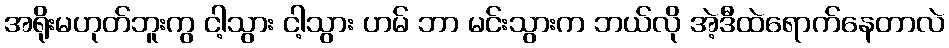
အရိုးမဟုတ်ဘူးကွ ငါ့သွား ငါ့သွား ဟမ် ဘာ မင်းသွားက ဘယ်လို အဲ့ဒီထဲရောက်နေတာလဲ